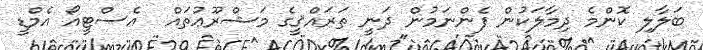
ބަލާލި ކޮންމެ ދިމާލަކުން ފެންނަމުން ދަނީ ތަރައްޤީގެ މަޝްރޫޢުތައް  އެސްޓީއޯ އެމްޑީ